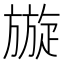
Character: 𭥄